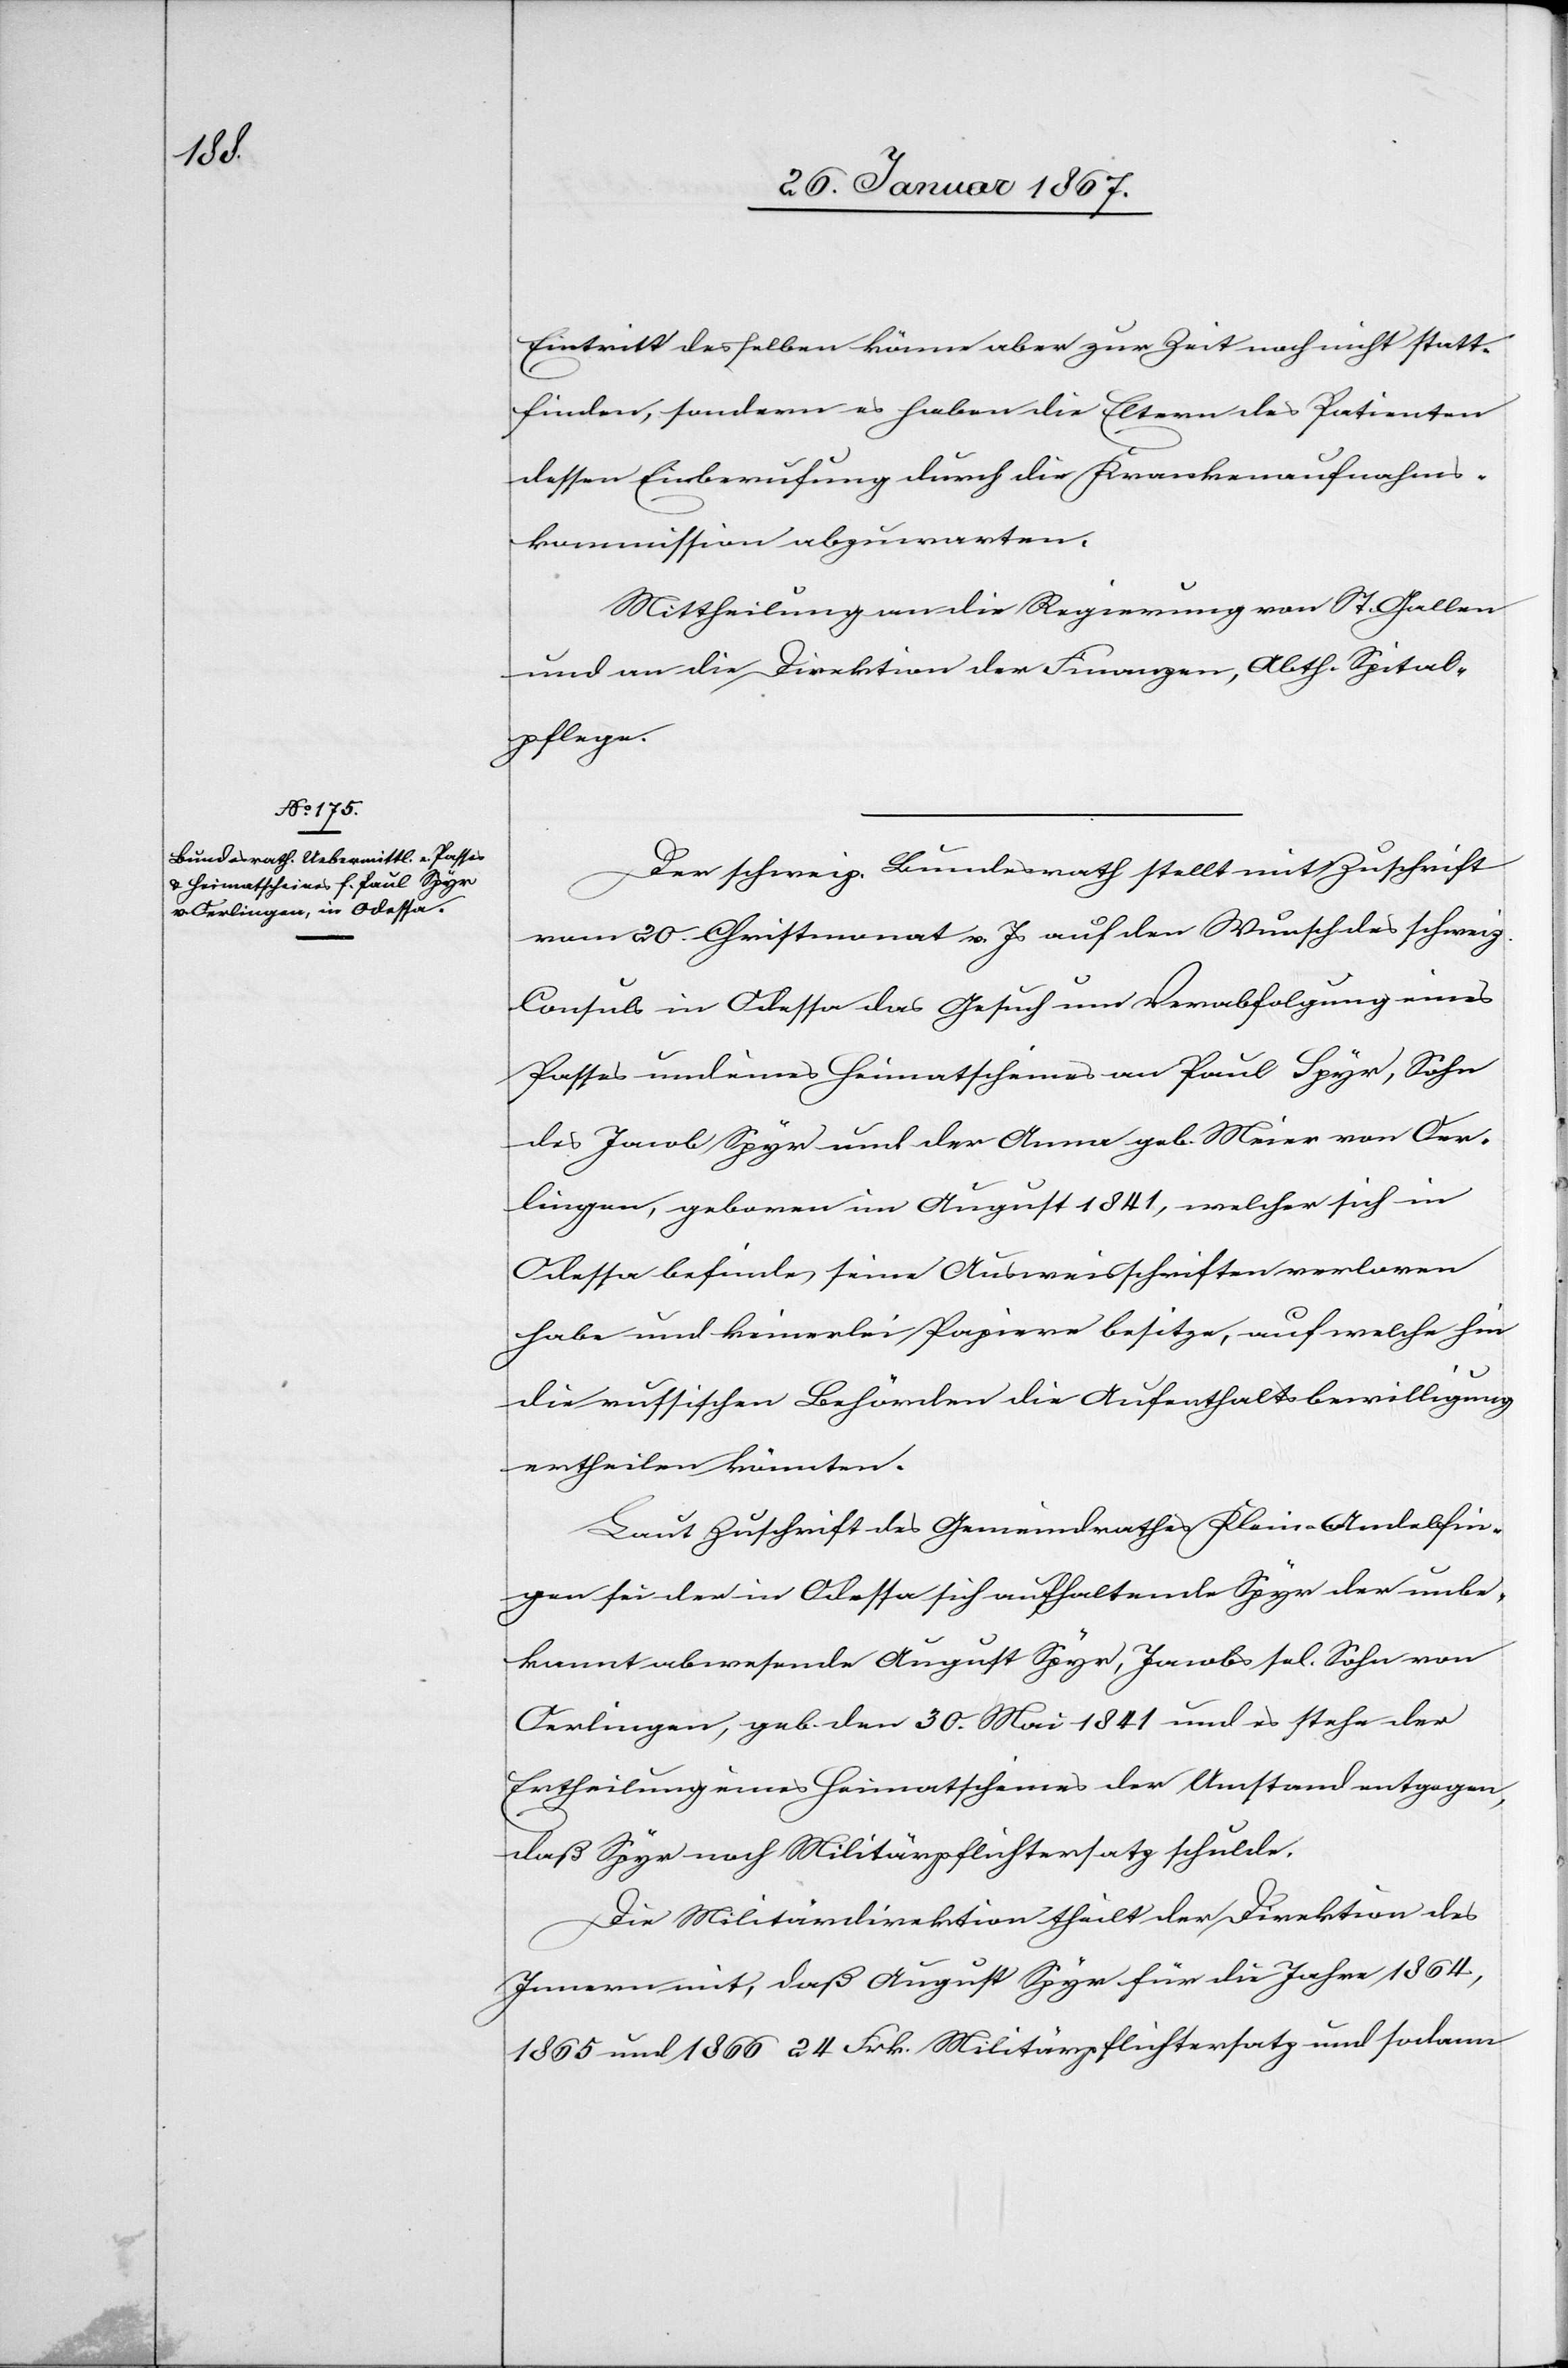
Eintritt desselben könne aber zur Zeit noch nicht statt¬
finden, sondern es haben die Eltern des Patienten
dessen Einberufung durch die Krankenaufnahms¬
kommission abzuwarten.
Mittheilung an die Regierung von St. Gallen
und an die Direktion der Finanzen, Abth. Spital¬
pflege.
Der schweiz. Bundesrath stellt mit Zuschrift
vom 20. Christenmonat v. Js auf den Wunsch des schweiz.
Consuls in Odessa das Gesuch um Verabfolgung eines
Passes und eines Heimatscheines an Paul Spyr, Sohn
des Jacob Spyr und der Anna geb. Meier von Oer¬
lingen, geboren im August 1841, welcher sich in
Odessa befinde, seine Ausweisschriften verloren
habe und keinerlei Papiere besitze, auf welche hin
die russischen Behörden die Aufenthaltsbewilligung
ertheilen könnten.
Laut Zuschrift des Gemeinderathes Klein-Andelfin¬
gen sei der in Odessa sich aufhaltende Spyr der unbe¬
kannt abwesende August Spyr, Jacobs sel. Sohn von
Oerlingen, geb. den 30. Mai 1841 und es stehe der
Ertheilung eines Heimatscheines der Umstand entgegen,
daß Spyr noch Militärpflichtersatz schulde.
Die Militärdirektion theilt der Direktion des
Innern mit, daß August Spyr für die Jahre 1864,
1865 und 1866 24 Frk. Militärpflichtersatz und sodann